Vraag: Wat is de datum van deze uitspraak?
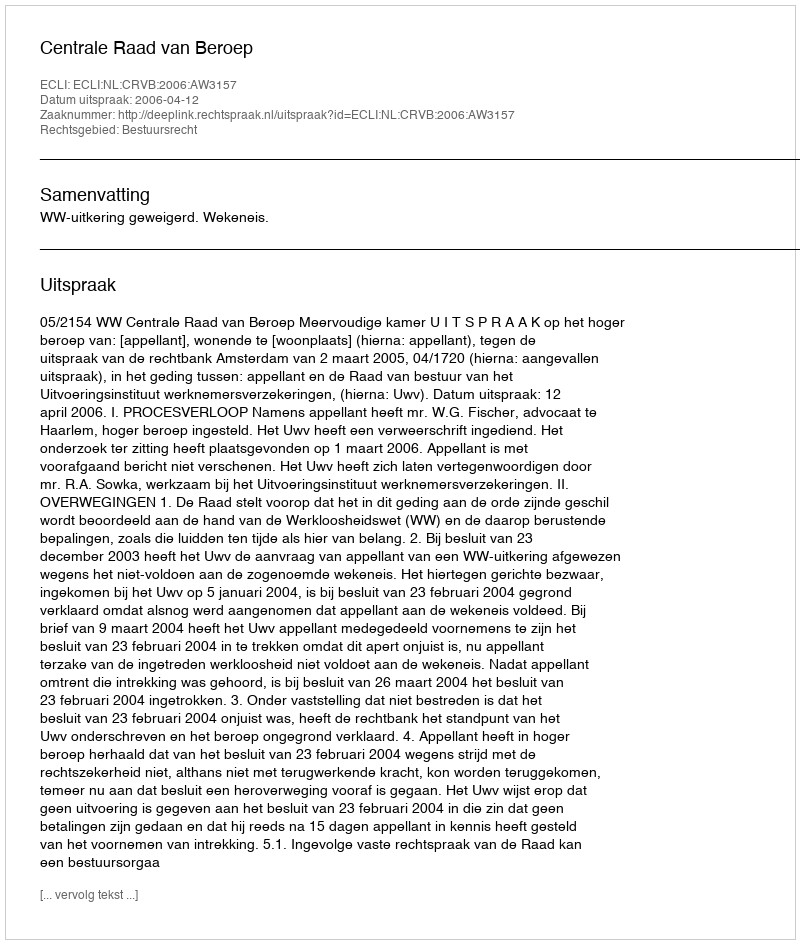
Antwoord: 2006-04-12